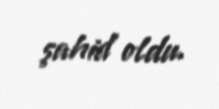
şahid oldu.